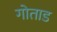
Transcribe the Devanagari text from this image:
गोताड